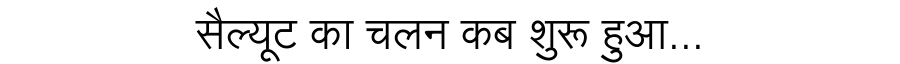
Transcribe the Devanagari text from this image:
सैल्यूट का चलन कब शुरू हुआ...